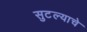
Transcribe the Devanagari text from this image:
सुटल्याचे